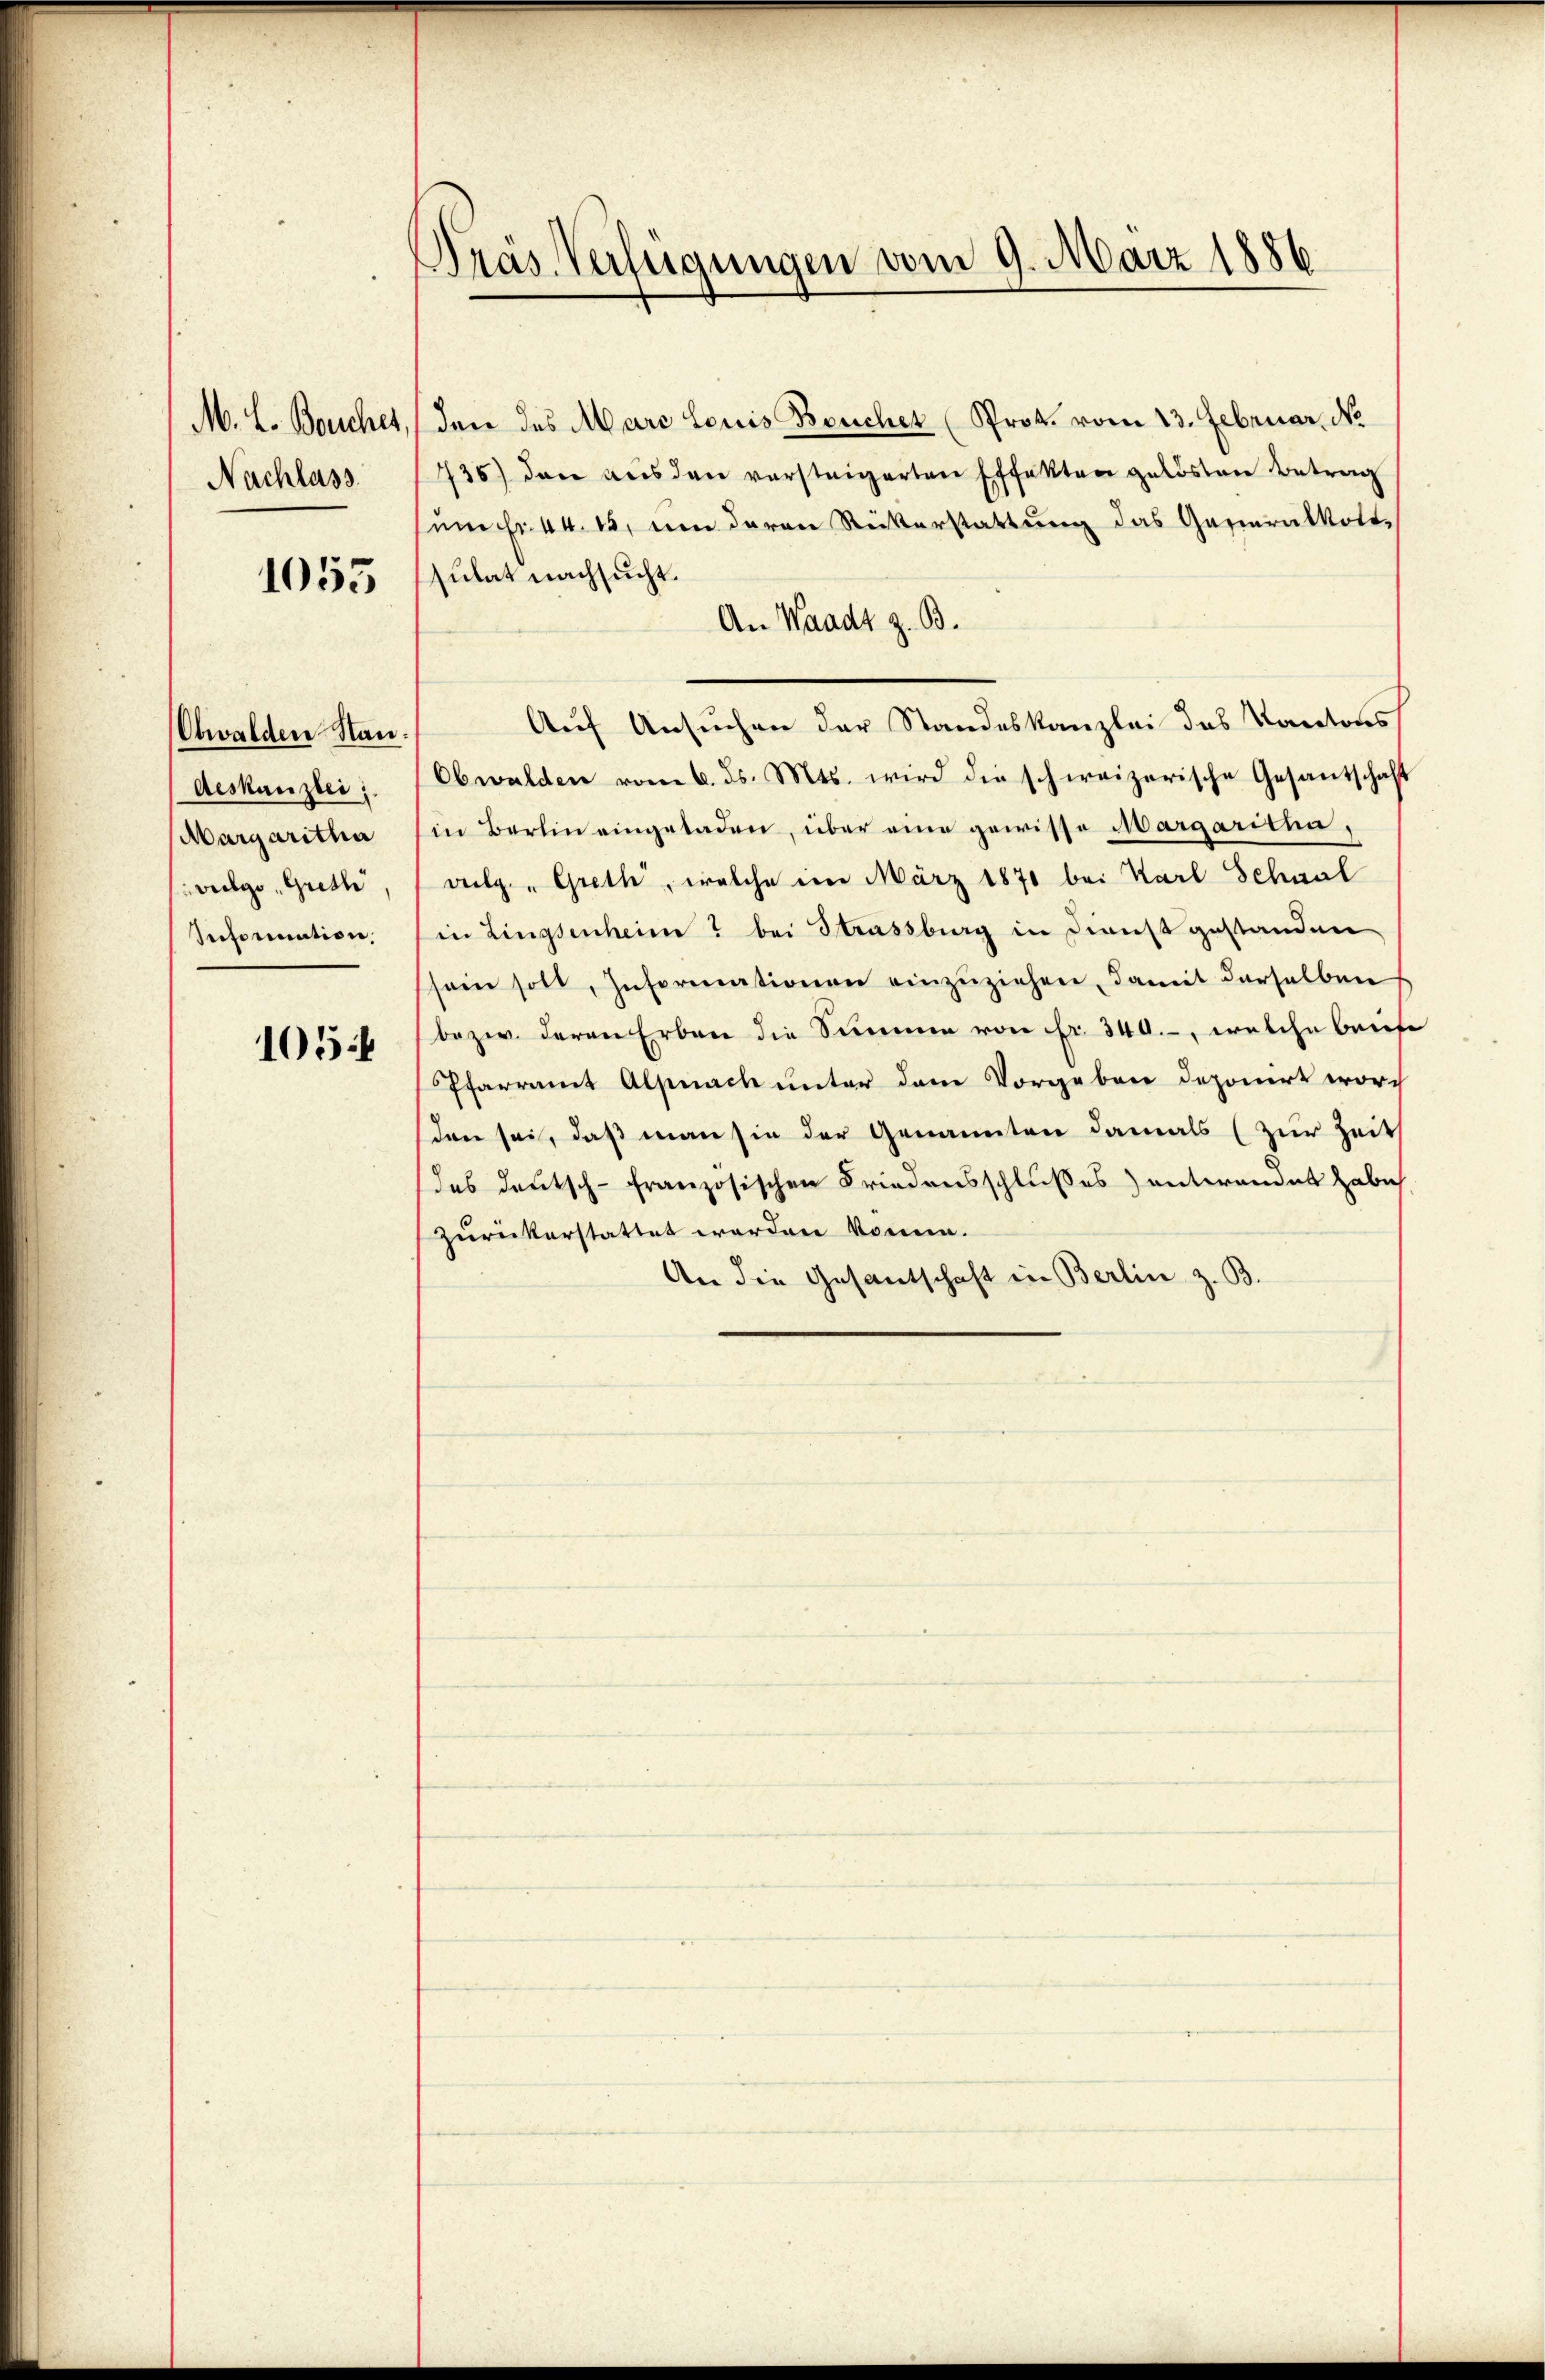
M. L. Bouches,
Nachlass

1055

Obwalden Nan
deskanzlei
Margaritha
vulgo Gretl
Information,

1054

Präs Verfügungen vom 9. März 1886

den des Marc Louis Bouchet (Prok. vom 13. Februar. No.
736) dann aus den versteigerten Effekten gelösten Betrag
sum fr. 44. 15, um daran Rükerstattŭng das Generalkoto-
sulat nachsucht.
An Waadt z. B.
Auf Ansuchen der Standeskanzlei das Kantons
Obwalden vom 6. ds. Mts. wird die schweizerische Gesantschaft
in Berlin eingeladen, über eine gewisse Margaritha,
vlg. " Greth, welche im März 1870 bei Karl Schnal
in Lingsenheim & bei Strassburg in Dienst gestanden
sein soll, Informationen einzŭziehen, damit derselben
bezw. deren Erben die Summe von fr. 340.-, welche beide
Pfarramt Alpnach unter dem Vorgeben deponirt word
den sei, daß man sie der Genannten damals (zur Zeit
des Deutsch-Französischen Friedensschlußes entwendet habe
zurückerstattet worden könne.
An die Gesantschaft in Berlin z. B.